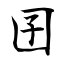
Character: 囝